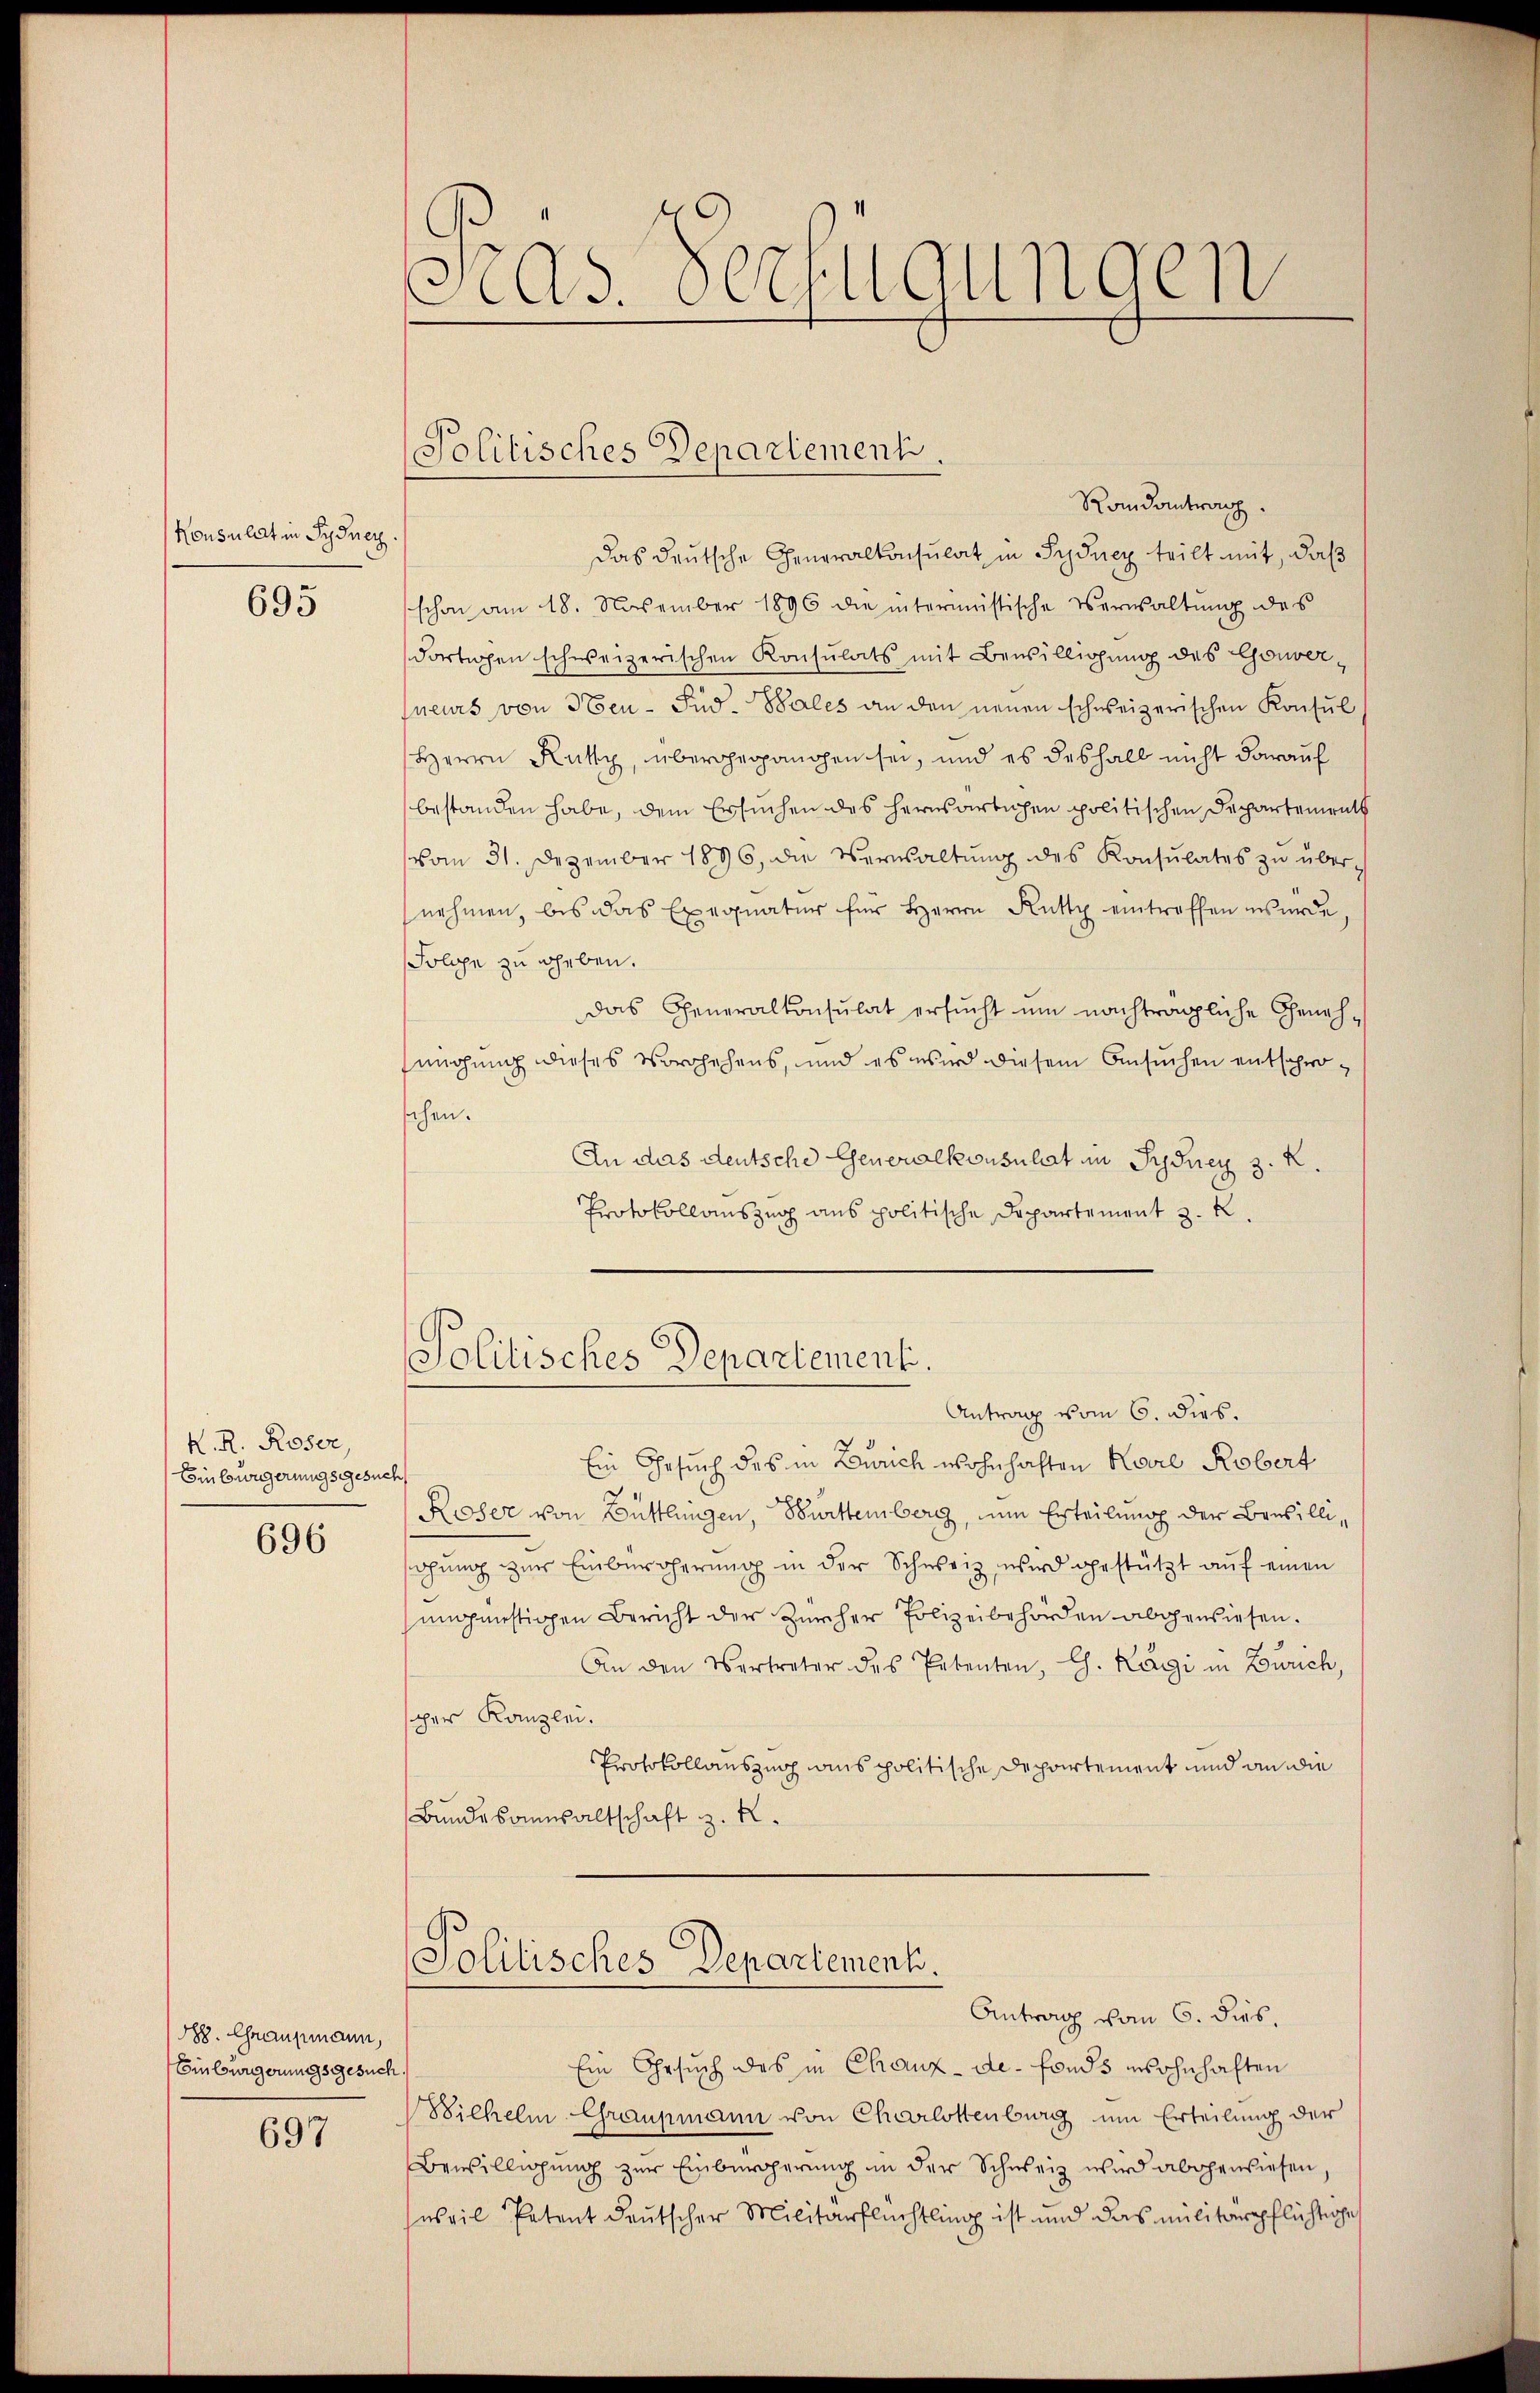
Konsulat in Sydney

695

K. R. Roser
Einbürgerungsgesuch

696

888. Chraupmann,
Einbürgerungsgesuch.
697

3
us. Verfügungen

Randantrag.
das deutsche Generalkonsulat in Sydnez teilt mit, daß
schon am 18. November 1896 die intermistische Verwaltung des
dortigen schweizerischen Konsulats mit Bewilligung des Gouverfneurs von Ten-Füd-Vales an den neuen schweizerischen Konsul
Herrn Rutty, übergegangen sei, und es deshalb nicht darauf
bestanden habe, dem Ersuchen des herwärtigen politischen Departements
vom 31. Dezember 1896, die Verwaltŭng des Konsulates zŭ über-
nehmen, bis das Exegnatur für Herrn Rutty eintreffen wurde.
Solge zu geben.
das Generalkonsulat ersucht um nachträgliche Genehmngung dieses Vorgehens, und es wird diesem Ansuchen entschrosehen.
An das deutsche Generalkonsulat in Sydney 3. k.
Protokollauszug aus politische Departement z. R.

Antrag vom 6. dies.
Ein Gesuch des in Zürich wohnhaften Korre Robert
Roser von Büttlungen, Bürttemberg, zum Erteilung der Bewilligung zur Einbergherŭng in der Schweiz, wird gestützt auf einen
ungünstigen Bericht der Zürcher Polizeibehörden abgewiesen.
An den Vertreter des Petenten, C. Kägi in Zürich,
scher Kanzlei.
Protokollauszug aus politische Departement und an die
Bundesanwaltschaft z. R.

Politisches Departement.

Ein Gesuch des in Chaux-de- Fonds wohnhaften
Sichelm Graupmann von Charlottenburg um Erteilung der
Bewilligung zur Einbergerung in der Schweiz wird abgewiesen,
sus vil Petent deutscher Militärflüchtling ist und das militärpflichtige

Politisches Departement.

Politisches Departement.
Antrag vom 6. dies,